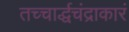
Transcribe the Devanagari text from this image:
तच्चार्द्धचंद्राकारं